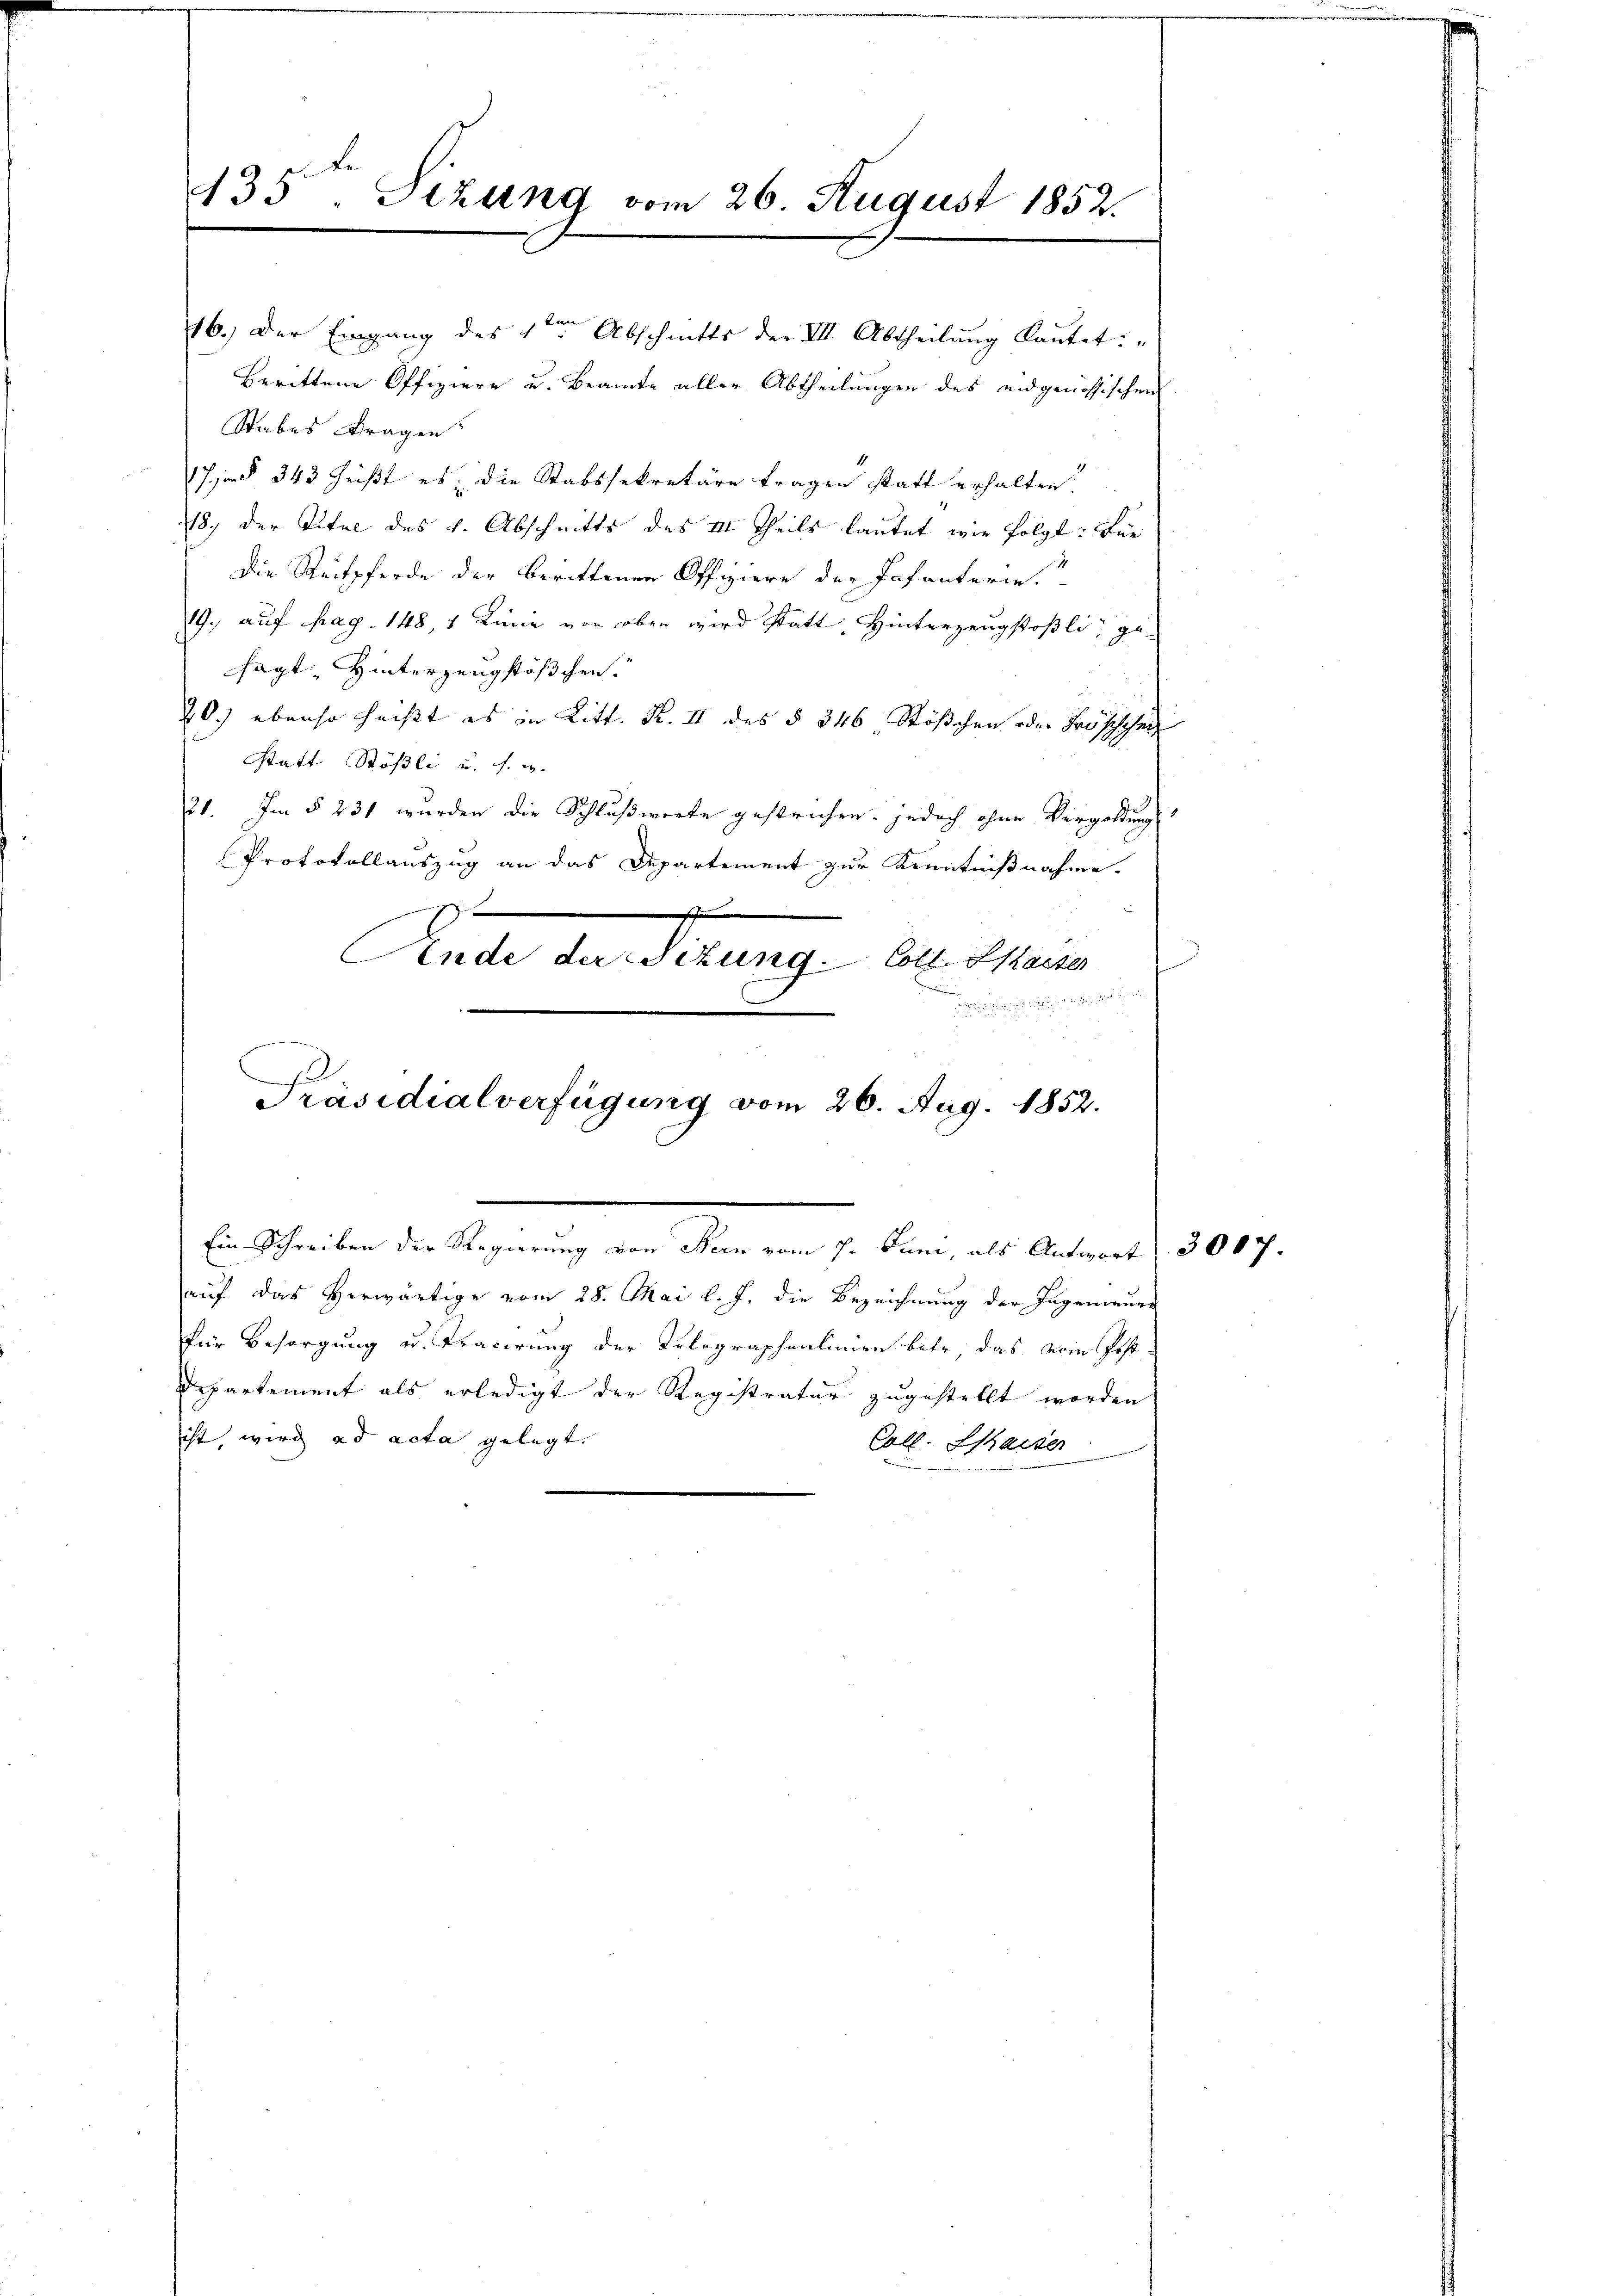
435ten Sizung vom 26. August 1852.

16.) Der Eingang des 1ten Abschnitts der VII. Abtheilŭng laŭtet: "
berittene Offiziere u. Beamte aller Abtheilungen des eidgenössischen
Stabes Fragen
17 § 343 heißt es, die Stabssekretäre tragen statt erhalten.
18. der Titel des v. Abschnitts des III Theils lautet wie folgt: Für
Die Reitpferde der berittenen Offiziere der Pafanterie.“
19., auf pag. 148, 1 Linie von oben wird statt, Hinterzeugstößli“ ge-
sagt Hinterzeugstösschen.
20.) ebenso heißt es in Litt. R. II des § 346 Stößchen oder Fröschehen
Statt Stößli u. s. w.
21. Im § 231 wurden die Schlußworte gestrichen, jedoch ohne Vergoldung
Protokollauszug an das Departement zur Kenntnißnahme.
6
sohn den
Ende der Sitzung Coll. Kaiser

e

Präsidialverfügung vom 26. Aug. 1852.

Ein Schreiben der Regierung von Bern vom 7. Juni, als Antwort

auf das Herwärtige vom 28. Mai l. J. die Bezeichnung der Ingenieurs
für Besorgung u. Tracirung der Relegraphenlinien betr. das vom Post
Departement als erledigt der Registratur zugestellt worden
ist, wird ad acta gelegt.
Coll. Kaiser

3007.